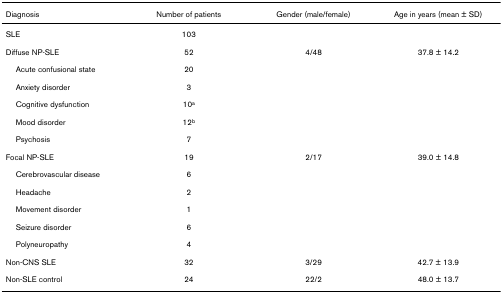
| Diagnosis | Number of patients | Gender (male/female) | Age in years (mean ± SD) |
 | --- | --- | --- | --- |
 | SLE | 103 |  |  |
 | Diffuse NP-SLE | 52 | 4/48 | 37.8 ± 14.2 |
 | Acute confusional state | 20 |  |  |
 | Anxiety disorder | 3 |  |  |
 | Cognitive dysfunction | 10a |  |  |
 | Mood disorder | 12b |  |  |
 | Psychosis | 7 |  |  |
 | Focal NP-SLE | 19 | 2/17 | 39.0 ± 14.8 |
 | Cerebrovascular disease | 6 |  |  |
 | Headache | 2 |  |  |
 | Movement disorder | 1 |  |  |
 | Seizure disorder | 6 |  |  |
 | Polyneuropathy | 4 |  |  |
 | Non-CNS SLE | 32 | 3/29 | 42.7 ± 13.9 |
 | Non-SLE control | 24 | 22/2 | 48.0 ± 13.7 |